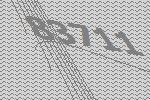
83711